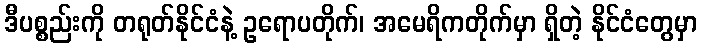
ဒီပစ္စည်းကို တရုတ်နိုင်ငံနဲ့ ဥရောပတိုက်၊ အမေရိကတိုက်မှာ ရှိတဲ့ နိုင်ငံတွေမှာ